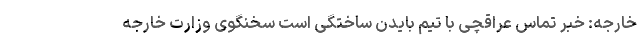
خارجه: خبر تماس عراقچی با تیم بایدن ساختگی است سخنگوی وزارت خارجه